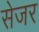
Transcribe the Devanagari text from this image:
सेजर